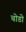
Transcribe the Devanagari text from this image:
चोडो